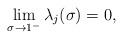
LaTeX: \begin{align*}\lim_{\sigma\rightarrow 1^-}\lambda_j(\sigma)=0,\end{align*}